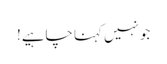
جو نہیں کہنا چاہیے!